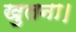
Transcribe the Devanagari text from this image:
खुलना।